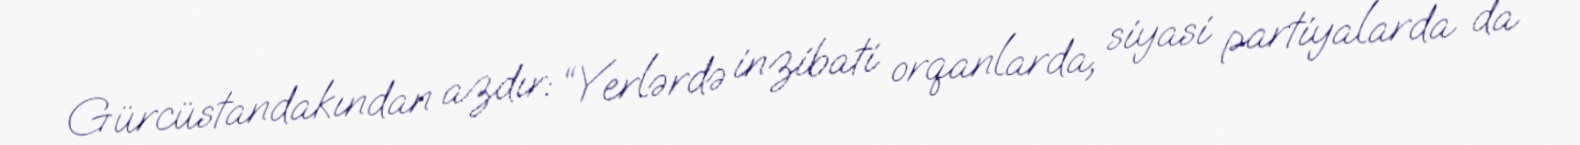
Gürcüstandakından azdır: “Yerlərdə inzibati orqanlarda, siyasi partiyalarda da